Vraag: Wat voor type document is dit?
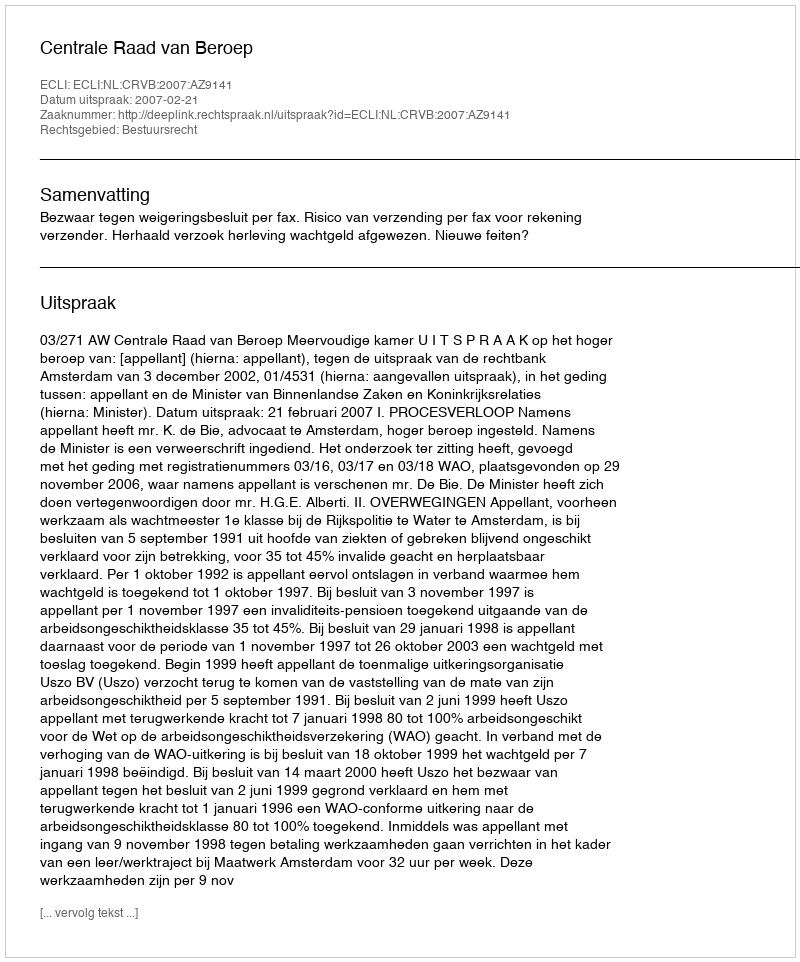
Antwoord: Uitspraak